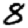
Digit: 8